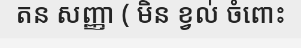
តន សញ្ញា ( មិន ខ្វល់ ចំពោះ